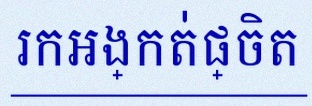
រកអង្កត់ផ្ចិត